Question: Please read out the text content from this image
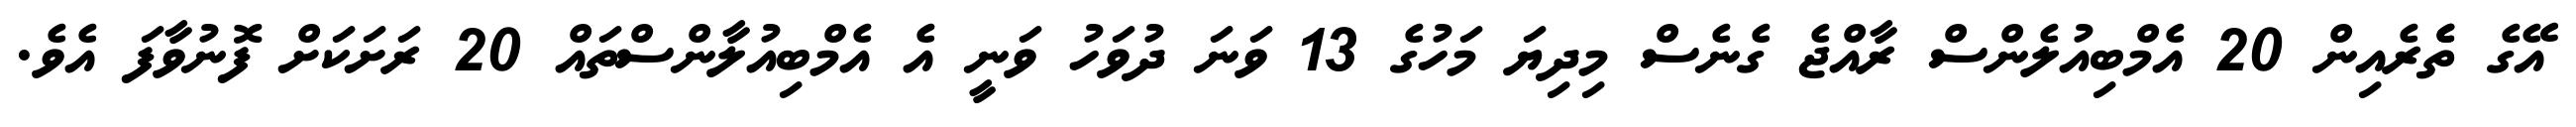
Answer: އޭގެ ތެެރެއިން 20 އެމްބިއުލެންސް ރާއްޖެ ގެނެސް މިދިޔަ މަހުގެ 13 ވަނަ ދުވަހު ވަނީ އެ އެމްބިއުލާންސްތައް 20 ރަށަކަށް ފޮނުވާފަ އެވެ.